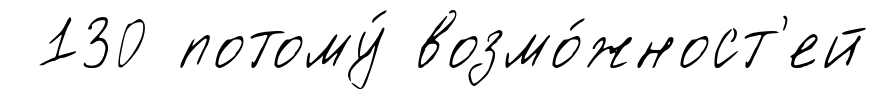
130 потому́ возмо́жност'ей